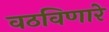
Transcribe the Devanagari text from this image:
वठविणारे